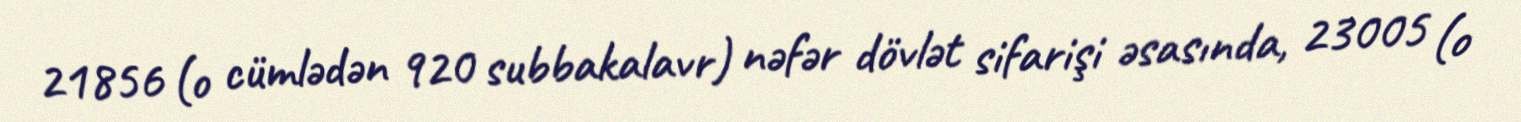
21856 (o cümlədən 920 subbakalavr) nəfər dövlət sifarişi əsasında, 23005 (o